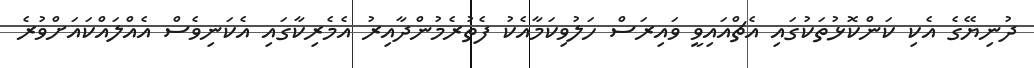
ދުނިޔޭގެ އެކި ކަންކޮޅުތަކުގައި އެޗްއައިވީ ވައިރަސް ހަލުވިކަމާއެކު ފެތުރެމުންދާއިރު އެމެރިކާގައި އެކަނިވެސް އެއްލައްކައަށްވުރެ